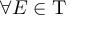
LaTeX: \forall E \in \mathrm { T }